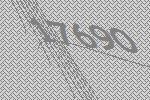
17690